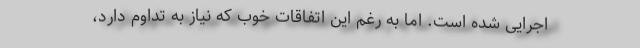
اجرايى شده است. اما به رغم اين اتفاقات خوب كه نياز به تداوم دارد،